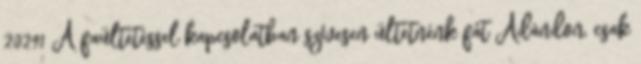
20291 A faültetéssel kapcsolatban szívesen ültetnénk fát Ádándon, csak